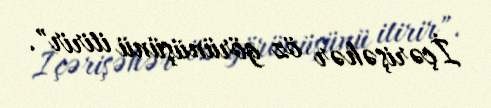
İçərişəhər öz görünüşünü itirir".